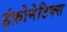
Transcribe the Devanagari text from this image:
इंफ़ोमेटिक्स